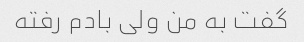
گفت به من ولی بادم رفته